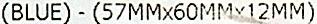
(BLUE) - (57MMX60MMX12MM)